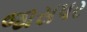
જાસપર